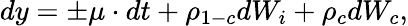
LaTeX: dy=\pm\mu\cdot dt+\rho_{1-c}dW_{i}+\rho_{c}dW_{c},